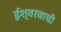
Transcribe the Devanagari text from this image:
ईश्वरवाची